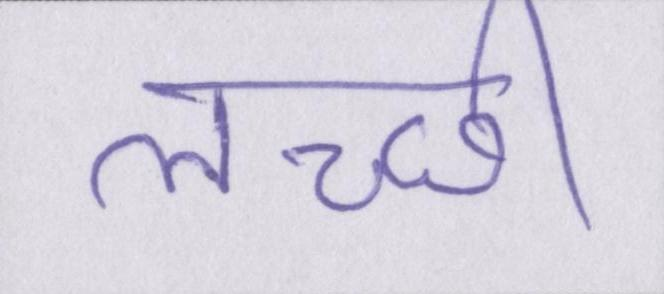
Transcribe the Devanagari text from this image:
लच्छी